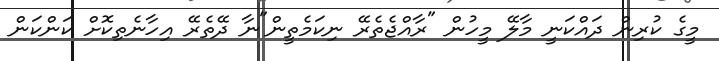
މީގެ ކުރިން ދައްކަނީ މާލޭ މީހުން "ރާއްޖެތެރޭ ނިކަމެތީން"ނާ ދޭތެރޭ އިހާނެތިކޮށް ކަންކަން